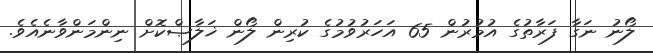
ލޯނު ނަގާ ފަރާތުގެ އުމުރުން 65 އަހަރުވުމުގެ ކުރިން ލޯން ޚަލާޞްކޮށް ނިންމަންވާނެއެވެ.